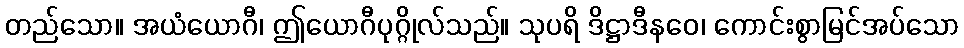
တည်သော။ အယံယောဂီ၊ ဤယောဂီပုဂ္ဂိုလ်သည်။ သုပရိ ဒိဋ္ဌာဒီနဝေ၊ ကောင်းစွာမြင်အပ်သော